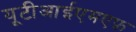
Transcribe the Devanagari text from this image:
यूटीआईएमएफ़